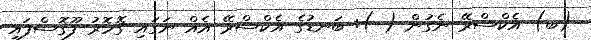
(ބ) އެކްސްރޭ ނެގުން (-): ބަނޑުގެ އެކްސްރޭ އެއް ނަގައި ގޮހޮރު ފޫގޮސްފައި